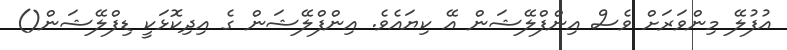
އުފުލޭ މިންވަރަށް ވެސް އިންފްލޭޝަން އޭ ކިޔައެވެ. އިންފްލޭޝަން ގެ އިދިކޮޅަކީ ޑިފްލޭޝަން()